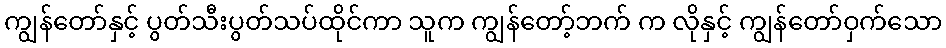
ကျွန်တော်နှင့် ပွတ်သီးပွတ်သပ်ထိုင်ကာ သူက ကျွန်တော့်ဘက် က လိုနှင့် ကျွန်တော်ဝှက်သော